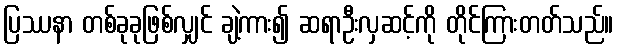
ပြဿနာ တစ်ခုခုဖြစ်လျှင် ချဲ့ကား၍ ဆရာဦးလှဆင့်ကို တိုင်ကြားတတ်သည်။